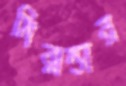
মিরান্ডার